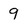
Character: 9